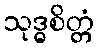
သုဒ္ဓစိတ္တံ